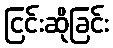
ငြင်းဆိုခြင်း